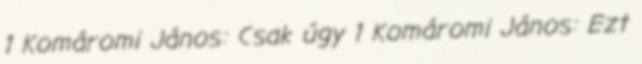
1 Komáromi János: Csak úgy 1 Komáromi János: Ezt